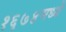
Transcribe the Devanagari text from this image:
१६७४मध्ये